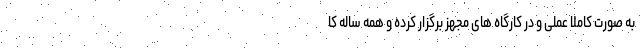
به صورت کاملا عملی و در کارگاه های مجهز برگزار کرده و همه ساله کا